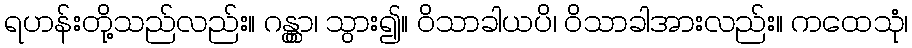
ရဟန်းတို့သည်လည်း။ ဂန္တွာ၊ သွား၍။ ဝိသာခါယပိ၊ ဝိသာခါအားလည်း။ ကထေသုံ၊